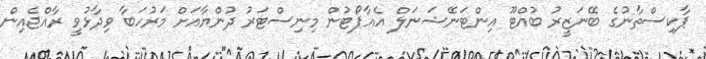
ޕާކިސްތާނުގެ ބޭނަޒީރު ބުއްޓޫ އިންޓަނޭޝަނަލް އެއާޕޯޓުން މިނިސްޓަރު ދުންޔާއަށް މަރުހަބާ ވިދާޅުވީ ރާއްޖެއިން